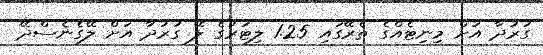
ގުރުދާ އަށް މިނިޓެއްގެ ތެރޭގައި 1.25 ލިޓަރުގެ ލޭ ގުރުދާ އަށް ލޭގެނެސްދޭ